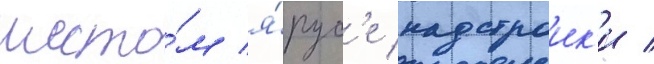
шесто́м я́рус'е надстроик'и /